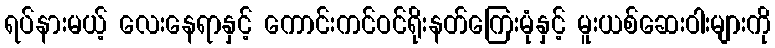
ရပ်နားမယ့် လေးနေရာနှင့် ကောင်းကင်ဝင်ရိုးနတ်ကြေးမုံနှင့် မူးယစ်ဆေးဝါးများကို